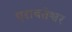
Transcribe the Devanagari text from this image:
एरावतेश्वर